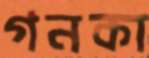
গনকা